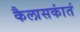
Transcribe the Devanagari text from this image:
कैलासकांतं